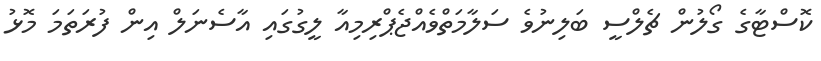
ކޮސްޓާގެ ގޯލުން ޗެލްސީ ބަލިނުވެ ސަލާމަތްވެއްޖެޕްރިމިއާ ލީގުގައި އާސެނަލް އިން ފުރަތަމަ މޮޅު